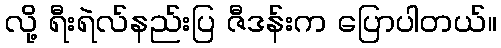
လို့ ရီးရဲလ်နည်းပြ ဇီဒန်းက ပြောပါတယ်။